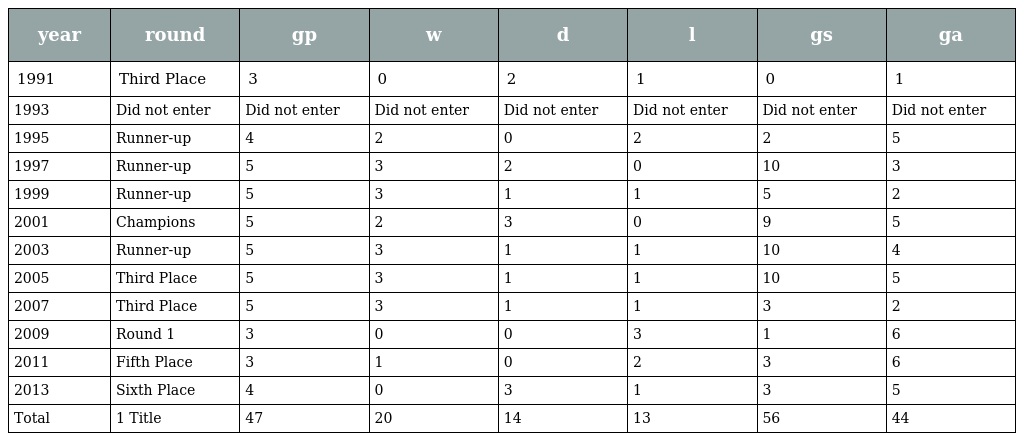
| year | round | gp | w | d | l | gs | ga |
 | --- | --- | --- | --- | --- | --- | --- | --- |
 | 1991 | Third Place | 3 | 0 | 2 | 1 | 0 | 1 |
 | 1993 | Did not enter | Did not enter | Did not enter | Did not enter | Did not enter | Did not enter | Did not enter |
 | 1995 | Runner-up | 4 | 2 | 0 | 2 | 2 | 5 |
 | 1997 | Runner-up | 5 | 3 | 2 | 0 | 10 | 3 |
 | 1999 | Runner-up | 5 | 3 | 1 | 1 | 5 | 2 |
 | 2001 | Champions | 5 | 2 | 3 | 0 | 9 | 5 |
 | 2003 | Runner-up | 5 | 3 | 1 | 1 | 10 | 4 |
 | 2005 | Third Place | 5 | 3 | 1 | 1 | 10 | 5 |
 | 2007 | Third Place | 5 | 3 | 1 | 1 | 3 | 2 |
 | 2009 | Round 1 | 3 | 0 | 0 | 3 | 1 | 6 |
 | 2011 | Fifth Place | 3 | 1 | 0 | 2 | 3 | 6 |
 | 2013 | Sixth Place | 4 | 0 | 3 | 1 | 3 | 5 |
 | Total | 1 Title | 47 | 20 | 14 | 13 | 56 | 44 |